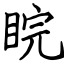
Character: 睆